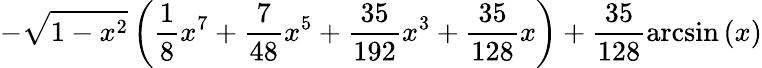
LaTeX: -\sqrt{1-x^{2}}\left(\frac{1}{8}x^{7}+\frac{7}{48}x^{5}+\frac{35}{192}x^{3}+\frac{35}{128}x\right)+\frac{35}{128}\arcsin\left(x\right)